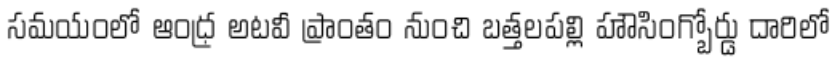
సమయంలో ఆంధ్ర అటవీ ప్రాంతం నుంచి బత్తలపల్లి హౌసింగ్బోర్డు దారిలో